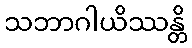
သဘာဂါယိဿန္တိ